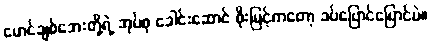
မောင်ချစ်အေးတို့ရဲ့ အုပ်စု ခေါင်းဆောင် စိုးမြင့်ကတော့ ခပ်ပြောင်ပြောင်ပဲ။